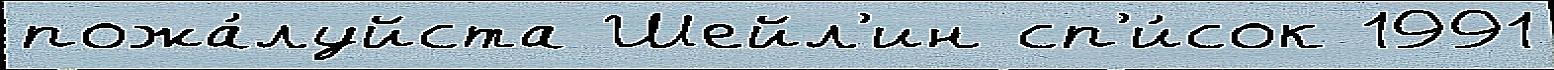
пожа́луйста Шейл'ин сп'и́сок 1991